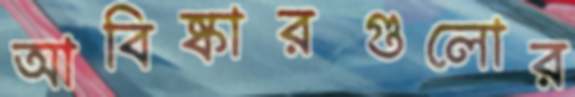
আবিষ্কারগুলোর